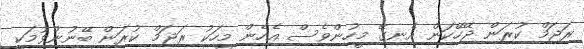
ރަޖަމް ކުރަން ޖޭހޭކަން އެނގޭ މީހުންވެސް އެހެން މީހަކު ރަޖަމް ކުރަން ބޭނުންވުމަކީ